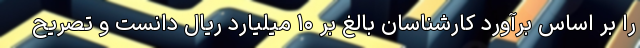
را بر اساس برآورد کارشناسان بالغ بر ۱۰ میلیارد ریال دانست و تصریح